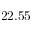
2 2 . 5 5